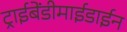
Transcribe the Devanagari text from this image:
ट्राईबेंडीमाईडाईन